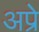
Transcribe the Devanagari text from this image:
अप्रे